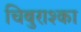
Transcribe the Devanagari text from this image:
चिबुराश्का